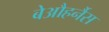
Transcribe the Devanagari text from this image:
बेऔहर्नैस